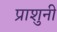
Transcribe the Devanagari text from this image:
प्राशुनी